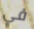
في